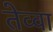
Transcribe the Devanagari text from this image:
तेव्वा